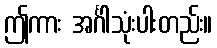
ဤကား အင်္ဂါသုံးပါးတည်း။